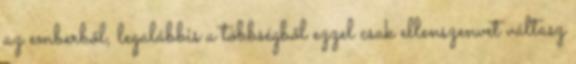
az emberből, legalábbis a többségből ezzel csak ellenszenvet váltasz